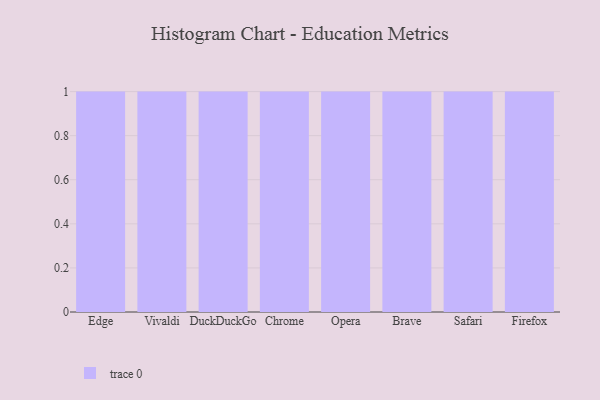
{"axis": {"x": "Browser", "y": "Shipments"}, "legend": [""], "data": [{"x": "Edge", "y": 23, "type": ""}, {"x": "Vivaldi", "y": 29, "type": ""}, {"x": "DuckDuckGo", "y": 43, "type": ""}, {"x": "Chrome", "y": 44, "type": ""}, {"x": "Opera", "y": 43, "type": ""}, {"x": "Brave", "y": 67, "type": ""}, {"x": "Safari", "y": 42, "type": ""}, {"x": "Firefox", "y": 98, "type": ""}]}